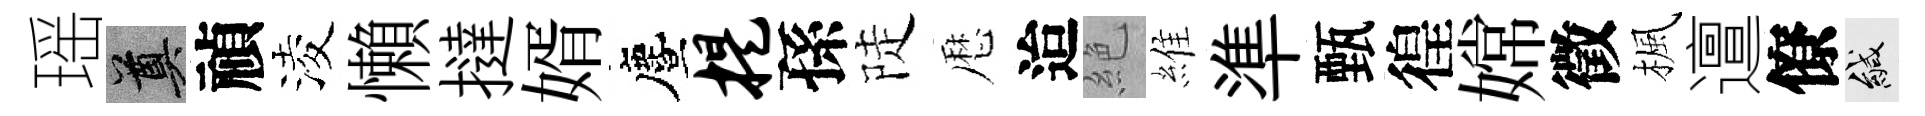
瑶奠禎淩懶撻婿󵨌提孫陡厯迨絶維準甄徨嫦徵楓邅僚緘